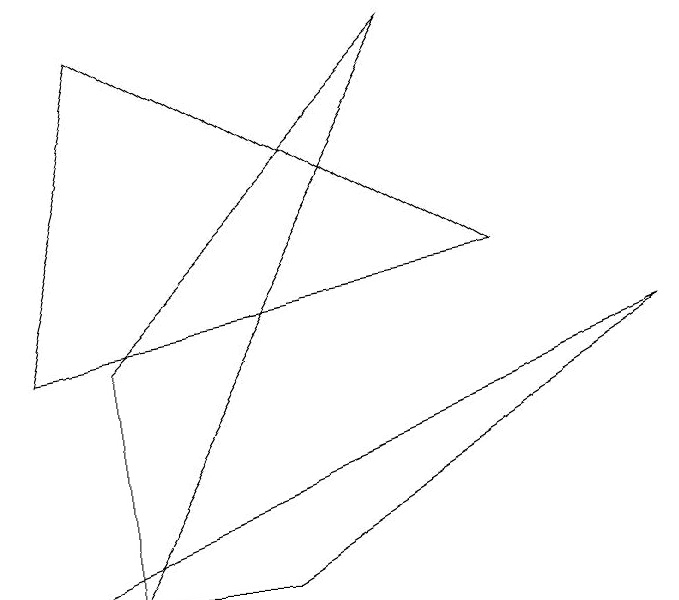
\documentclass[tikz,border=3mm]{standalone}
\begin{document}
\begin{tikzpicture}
\draw (1,2) -- (1,5) -- (5,9) -- cycle;
\draw (0,2) -- (8,5) -- (3,2) -- cycle;
\draw (0,5) -- (6,6) -- (1,9) -- cycle;
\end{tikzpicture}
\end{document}